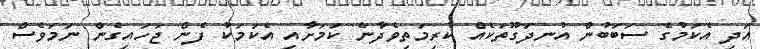
އަދި އެކަމުގެ ސަބަބުން އުނދަގޫތަކެއް ކުރިމަތިވެދާނެ ކަމަށާއި އެކަމަކު ފެން ޖަހައިގެން ނަމަވެސް